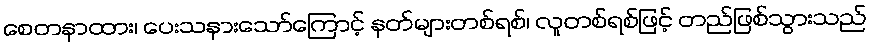
စေတနာထား၊ ပေးသနားသော်ကြောင့် နတ်များတစ်ရစ်၊ လူတစ်ရစ်ဖြင့် တည်ဖြစ်သွားသည်